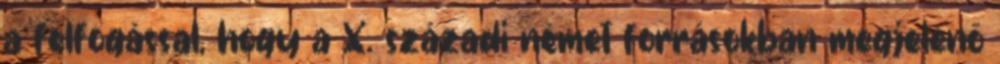
a felfogással, hogy a X. századi német forrásokban megjelenő